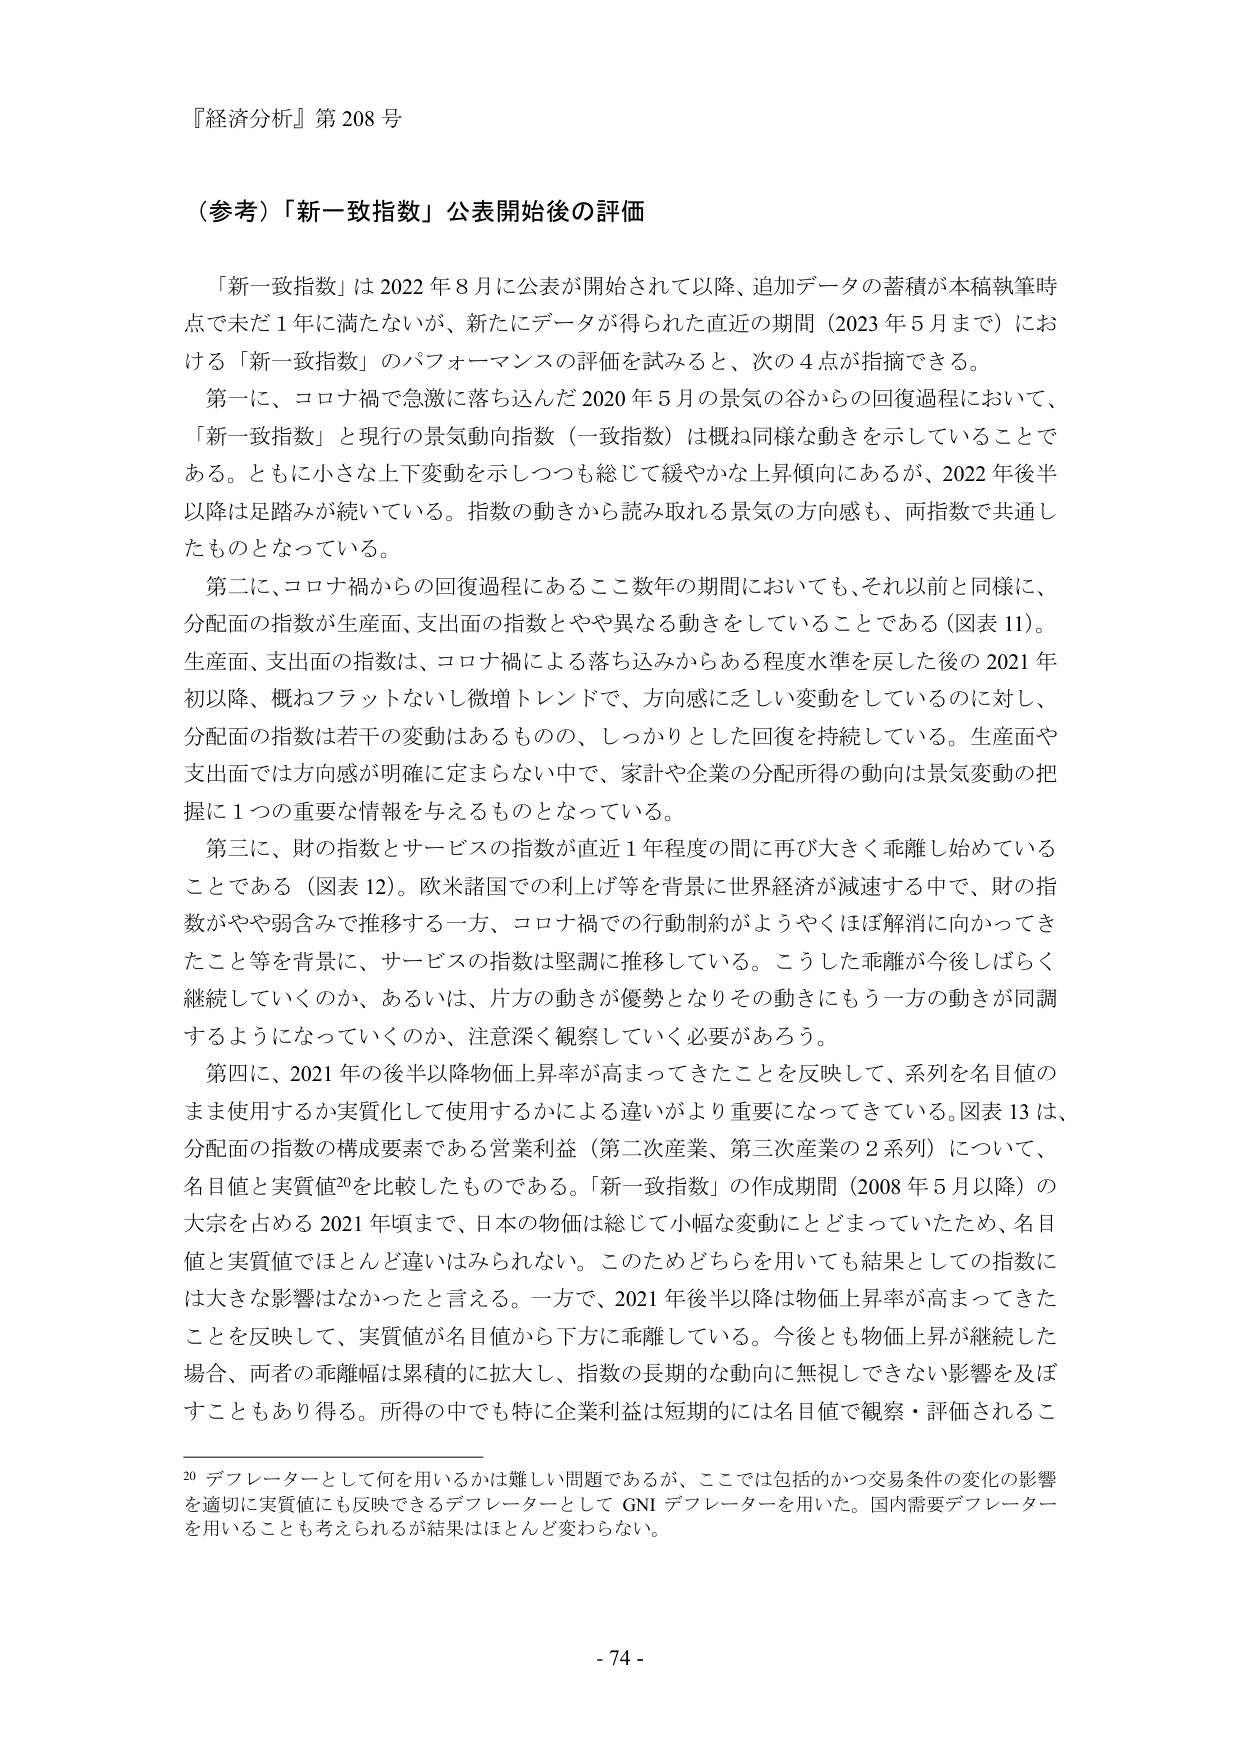
『経済分析』第 208 号

（参考）「新一致指数」公表開始後の評価

「新一致指数」は 2022 年 8 月に公表が開始されて以降、追加データの蓄積が本稿執筆時点で未だ 1 年に満たないが、新たにデータが得られた直近の期間（2023 年 5 月まで）における「新一致指数」のパフォーマンスの評価を試みると、次の 4 点が指摘できる。

第一に、コロナ禍で急激に落ち込んだ 2020 年 5 月の景気の谷からの回復過程において、「新一致指数」と現行の景気動向指数（一致指数）は概ね同様な動きを示していることである。ともに小さな上下変動を示しつつも総じて緩やかな上昇傾向にあるが、2022 年後半以降は足踏みが続いている。指数の動きから読み取れる景気の方向感も、両指数で共通したものとなっている。

第二に、コロナ禍からの回復過程にあるここ数年の期間においても、それ以前と同様に、分配面の指数が生産面、支出面の指数とやや異なる動きをしていることである（図表 11）。生産面、支出面の指数は、コロナ禍による落ち込みからある程度水準を戻した後の 2021 年初以降、概ねフラットないし微増トレンドで、方向感に乏しい変動をしているのに対し、分配面の指数は若干の変動はあるものの、しっかりとした回復を持续している。生産面や支出面では方向感が明確に定まらない中で、家計や企業の分配所得の動向は景気変動の把握に 1 つの重要な情報を与えるものとなっている。

第三に、財の指数とサービスの指数が直近 1 年程度の間に再び大きく乖離し始めていることである（図表 12）。欧米諸国での利上げ等を背景に世界経済が減速する中で、財の指数がやや弱含みで推移する一方、コロナ禍での行動制約がようやくほぼ解消に向かってきたこと等を背景に、サービスの指数は堅調に推移している。こうした乖離が今後しばらく継続していくのか、あるいは、片方の動きが優勢となりその動きにもう一方の動きが同調するようになっていくのか、注意深く観察していく必要があろう。

第四に、2021 年の後半以降物価上昇率が高まってきたことを反映して、系列を名目値のまま使用するか実質化して使用するかによる違いがより重要になってきている。図表 13 は、分配面の指数の構成要素である営業利益（第二次産業、第三次産業の 2 系列）について、名目値と実質値20を比較したものである。「新一致指数」の作成期間（2008 年 5 月以降）の大宗を占める 2021 年頃まで、日本の物価は総じて小幅な変動にとどまっていたため、名目値と実質値ではほとんど違いはみられない。このためどちらを用いても結果としての指数には大きな影響はなかったと言える。一方で、2021 年後半以降は物価上昇率が高まってきたことを反映して、実質値が名目値から下方に乖離している。今後とも物価上昇が継続した場合、両者の乖離幅は累積的に拡大し、指数の長期的な動向に無視できない影響を及ぼすこともあり得る。所得の中でも特に企業利益は短期的には名目値で観察・評価されるこ

20 デフレーターとして何を用いるかは難しい問題であるが、ここでは包括的かつ交易条件の変化の影響を適切に実質値にも反映できるデフレーターとして GNI デフレーターを用いた。国内需要デフレーターを用いることも考えられるが結果はほとんど変わらない。

- 74 -